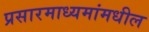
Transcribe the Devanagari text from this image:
प्रसारमाध्‍यमांमधील